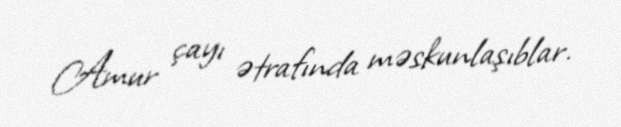
Amur çayı ətrafında məskunlaşıblar.